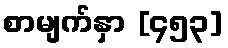
စာမျက်နှာ [၄၅၃]